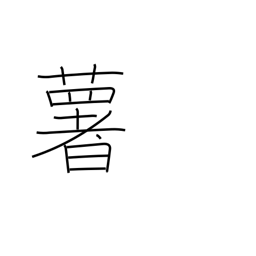
Meaning: potato